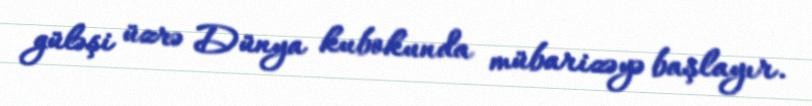
güləşi üzrə Dünya kubokunda mübarizəyə başlayır.